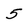
Character: 5